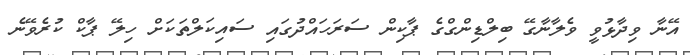
އޭނާ ވިދާޅުވީ ވެލާނާގޭ ބިލްޑިންގްގެ ޕާކިން ސަރަހައްދުގައި ސައިކަލްތަކަށް ހިލޭ ޕާކް ކުރެވޭނެ